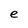
Character: e